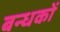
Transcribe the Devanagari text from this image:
बन्धकों